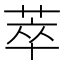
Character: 萃